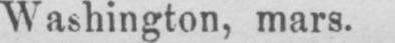
Washington, mars.